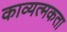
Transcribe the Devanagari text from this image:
काव्यत्मकता